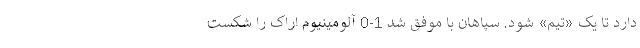
دارد تا یک «تیم» شود. سپاهان با موفق شد 1-0 آلومینیوم اراک را شکست